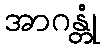
အာဂန္တုံ